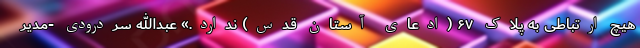
هیچ ارتباطی به پلاک ۶۷ (ادعای آستان قدس) ندارد.» عبدالله سردرودی -مدیر